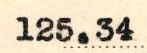
125.34